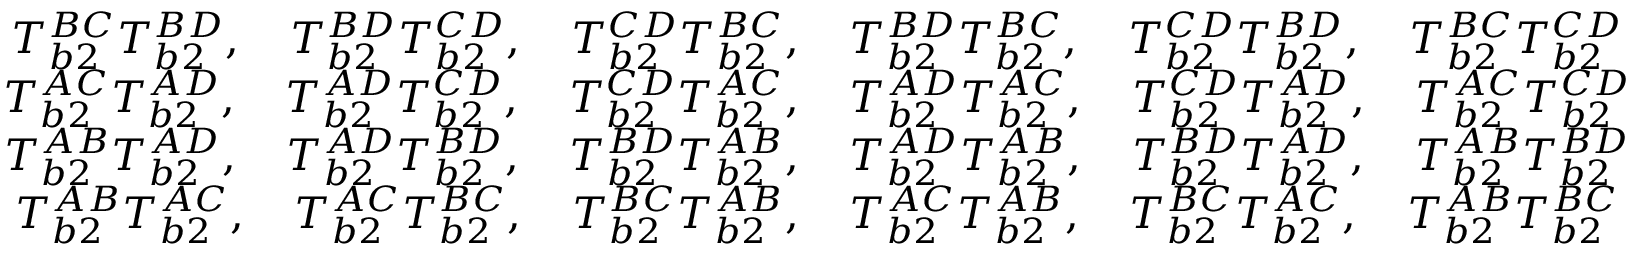
\begin{array} { c c } { T _ { b 2 } ^ { B C } T _ { b 2 } ^ { B D } , \quad T _ { b 2 } ^ { B D } T _ { b 2 } ^ { C D } , \quad T _ { b 2 } ^ { C D } T _ { b 2 } ^ { B C } , \quad T _ { b 2 } ^ { B D } T _ { b 2 } ^ { B C } , \quad T _ { b 2 } ^ { C D } T _ { b 2 } ^ { B D } , \quad T _ { b 2 } ^ { B C } T _ { b 2 } ^ { C D } } \\ { T _ { b 2 } ^ { A C } T _ { b 2 } ^ { A D } , \quad T _ { b 2 } ^ { A D } T _ { b 2 } ^ { C D } , \quad T _ { b 2 } ^ { C D } T _ { b 2 } ^ { A C } , \quad T _ { b 2 } ^ { A D } T _ { b 2 } ^ { A C } , \quad T _ { b 2 } ^ { C D } T _ { b 2 } ^ { A D } , \quad T _ { b 2 } ^ { A C } T _ { b 2 } ^ { C D } } \\ { T _ { b 2 } ^ { A B } T _ { b 2 } ^ { A D } , \quad T _ { b 2 } ^ { A D } T _ { b 2 } ^ { B D } , \quad T _ { b 2 } ^ { B D } T _ { b 2 } ^ { A B } , \quad T _ { b 2 } ^ { A D } T _ { b 2 } ^ { A B } , \quad T _ { b 2 } ^ { B D } T _ { b 2 } ^ { A D } , \quad T _ { b 2 } ^ { A B } T _ { b 2 } ^ { B D } } \\ { T _ { b 2 } ^ { A B } T _ { b 2 } ^ { A C } , \quad T _ { b 2 } ^ { A C } T _ { b 2 } ^ { B C } , \quad T _ { b 2 } ^ { B C } T _ { b 2 } ^ { A B } , \quad T _ { b 2 } ^ { A C } T _ { b 2 } ^ { A B } , \quad T _ { b 2 } ^ { B C } T _ { b 2 } ^ { A C } , \quad T _ { b 2 } ^ { A B } T _ { b 2 } ^ { B C } } \end{array}